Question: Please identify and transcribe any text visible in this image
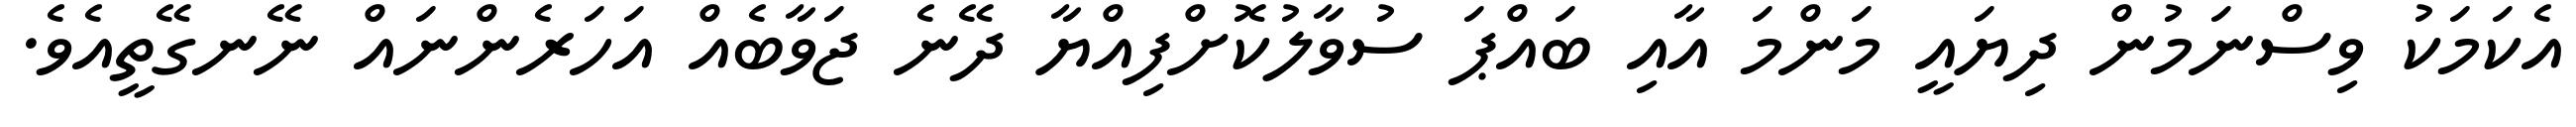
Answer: އެކަމަކު ވިސްނަމުން ދިޔައީ މަންމަ އާއި ބައްޕަ ސުވާލުކޮށްފިއްޔާ ދޭނެ ޖަވާބެއް އަހަރެންނައް ނޭނގޭތީއެވެ.